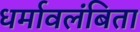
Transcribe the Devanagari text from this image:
धर्मावलंबिता